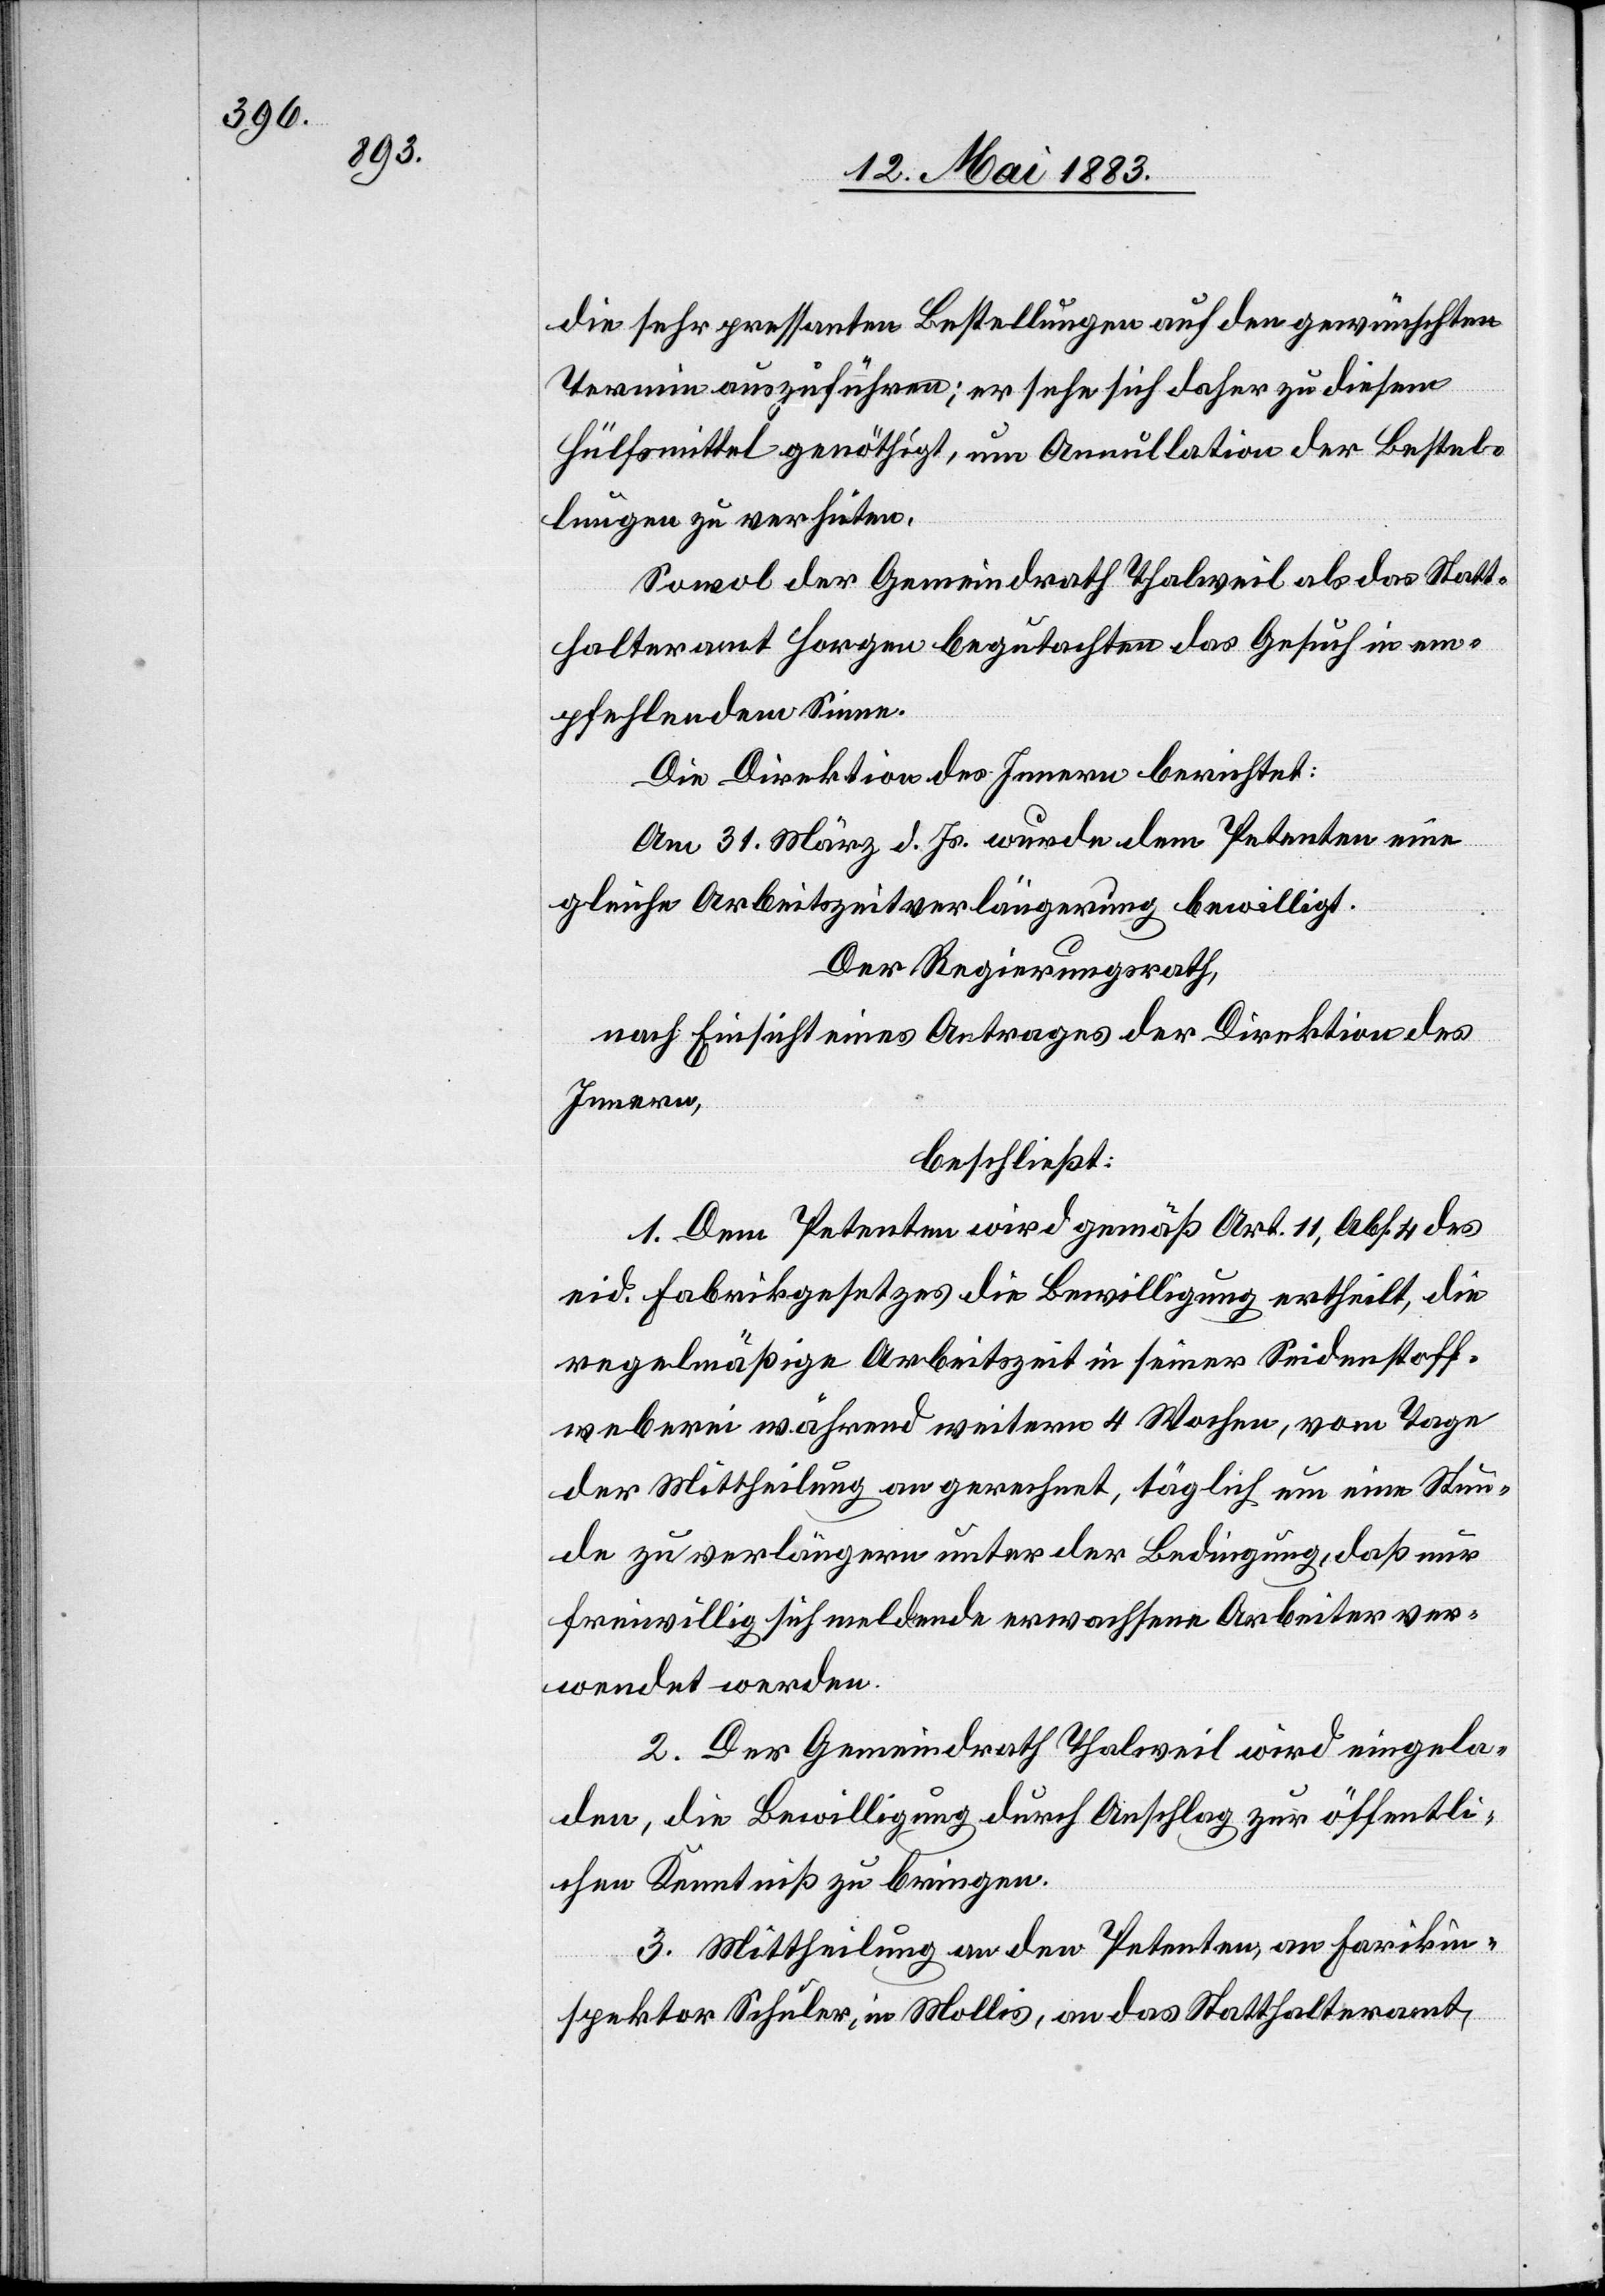
die sehr pressanten Bestellungen auf den gewünschten
Termin auszuführen; er sehe sich daher zu diesem
Hülfsmittel genöthigt, um Annulation der Bestel¬
lungen zu verhüten.
Sowol der Gemeindrath Thalweil als das Statt¬
halteramt Horgen begutachten das Gesuch in em¬
pfehlendem Sinne.
Die Direktion des Innern berichtet:
Am 31. März d. Js. wurde dem Petenten eine
gleiche Arbeitszeitverlängerung bewilligt.
Der Regierungsrath,
nach Einsicht eines Antrages der Direktion des
Innern,
beschließt:
1. Dem Petenten wird gemäß Art. 11, Abs. 4 des
eid. Fabrikgesetzes die Bewilligung ertheilt, die
regelmäßige Arbeitszeit in seiner Seidenstoff¬
weberei während weitern 4 Wochen, vom Tage
der Mittheilung an gerechnet, täglich um eine Stun¬
de zu verlängern unter der Bedingung, daß nur
freiwillig sich meldende erwachsene Arbeiter ver¬
wendet werden.
2. Der Gemeindrath Thalweil wird eingela¬
den, die Bewilligung durch Anschlag zur öffentli¬
chen Kenntniß zu bringen.
3. Mittheilung an den Petenten, an Fabrikin¬
spektor Schuler, in Mollis, an das Statthalteramt,